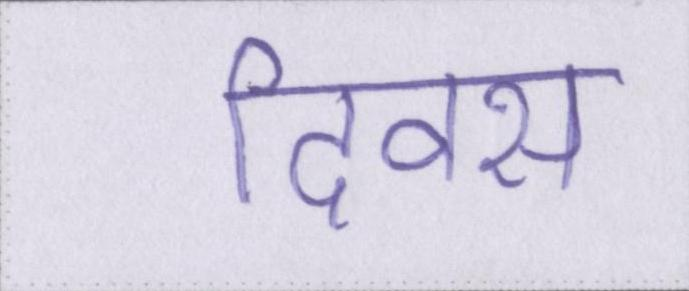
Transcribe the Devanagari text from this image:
दिवस